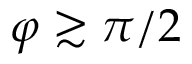
\varphi \gtrsim \pi / 2